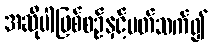
အဆိုပါဖြစ်စဉ်နှင့်ပတ်သက်၍